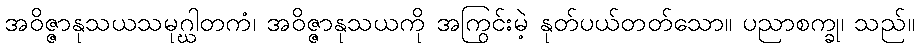
အဝိဇ္ဇာနုသယသမုဂ္ဃါတကံ၊ အဝိဇ္ဇာနုသယကို အကြွင်းမဲ့ နုတ်ပယ်တတ်သော။ ပညာစက္ခု၊ သည်။